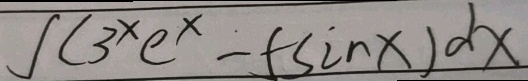
\int ( 3 ^ { x } e ^ { x } - 5 \sin x ) d x